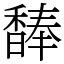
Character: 䭰